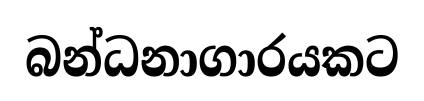
බන්ධනාගාරයකට